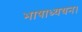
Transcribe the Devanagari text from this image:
भाषाध्ययन।